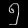
Digit: ၅